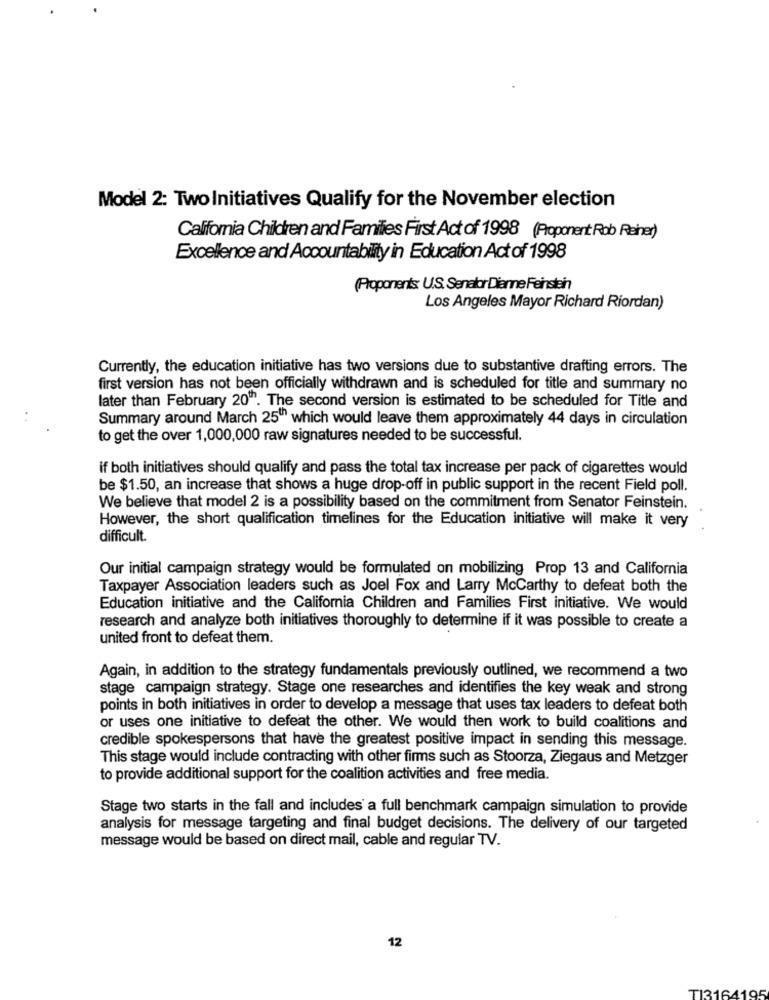
Model 2: Two Initiatives Qualify for the November election
California Children and Families First Act of 1998 (Proponent Rob Rahner)
Excellence and Accountability in Education Act of 1998
Proponents: U.S. Senator Dianne Feinstein
Los Angeles Mayor Richard Riordan)
Currently, the education initiative has two versions due to substantive drafting errors. The
first version has not been officially withdrawn and is scheduled for title and summary no
later than February 20"". The second version is estimated to be scheduled for Title and
Summary around March 25"" which would leave them approximately 44 days in circulation
to get the over 1,000,000 raw signatures needed to be successful.
if both initiatives should qualify and pass the total tax increase per pack of cigarettes would
be $1.50, an increase that shows a huge drop-off in public support in the recent Field poll.
We believe that model 2 is a possibility based on the commitment from Senator Feinstein.
However, the short qualification timelines for the Education initiative will make it very
difficult.
Our initial campaign strategy would be formulated on mobilizing Prop 13 and California
Taxpayer Association leaders such as Joel Fox and Larry McCarthy to defeat both the
Education initiative and the California Children and Families First initiative. We would
research and analyze both initiatives thoroughly to determine if it was possible to create a
united front to defeat them.
Again, in addition to the strategy fundamentals previously outlined, we recommend a two
stage campaign strategy. Stage one researches and identifies the key weak and strong
points in both initiatives in order to develop a message that uses tax leaders to defeat both
or uses one initiative to defeat the other. We would then work to build coalitions and
credible spokespersons that have the greatest positive impact in sending this message.
This stage would include contracting with other firms such as Stoorza, Ziegaus and Metzger
to provide additional support for the coalition activities and free media.
Stage two starts in the fall and includes a full benchmark campaign simulation to provide
analysis for message targeting and final budget decisions. The delivery of our targeted
message would be based on direct mail, cable and regular TV.
12
TI3164195